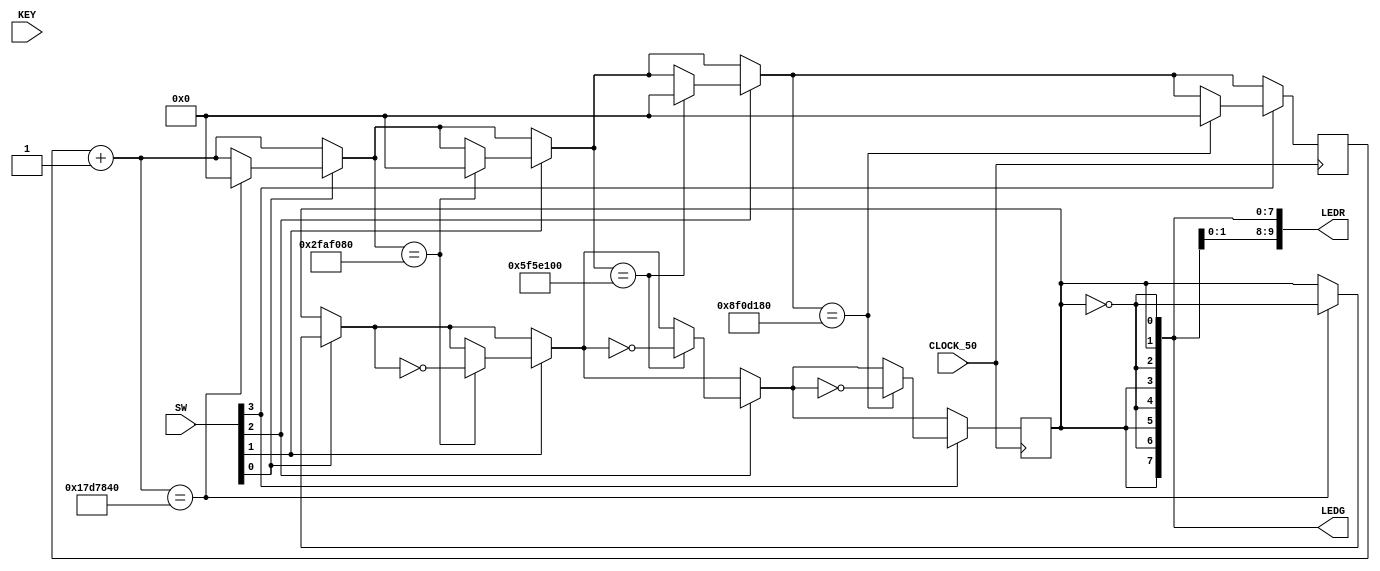
module piscaLeds(
	input CLOCK_50,
	input [3:0] KEY,
	input [9:0] SW,
	output [7:0]LEDG,
	output [9:0]LEDR
);
reg [27:0] contador =0;
reg l = 0;
reg temp = 1;
assign LEDG[0] = ~l;
assign LEDG[1] = l;
assign LEDG[2] = ~l;
assign LEDG[3] = l;
assign LEDG[4] = ~l;
assign LEDG[5] = l;
assign LEDG[6] = ~l;
assign LEDG[7] = l;
assign LEDR[0] = ~l;
assign LEDR[1] = l;
assign LEDR[2] = ~l;
assign LEDR[3] = l;
assign LEDR[4] = ~l;
assign LEDR[5] = l;
assign LEDR[6] = ~l;
assign LEDR[7] = l;
assign LEDR[8] = ~l;
assign LEDR[9] = l;

always @(posedge CLOCK_50) begin
	contador = contador + temp;
if (SW[0]==1)begin
if (contador == 25000000) begin // 0,5 segundos
	l=~l;
	contador = 0;
	end
end
if (SW[1]==1)begin
if (contador == 50000000) begin // 1 segundo
	l=~l;
	contador = 0;
	end
end
if (SW[2]==1)begin
if (contador == 100000000) begin // 2 segundos
	l=~l;
	contador = 0;
	end
end
if (SW[3]==1)begin
if (contador == 150000000) begin // 3 segundos
	l=~l;
	contador = 0;
	end
end
end
endmodule